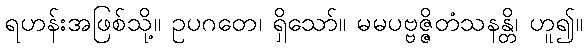
ရဟန်းအဖြစ်သို့။ ဥပဂတေ၊ ရှိသော်။ မမပဗ္ဗဇ္ဇိတံသနန္တိ၊ ဟူ၍။